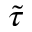
\tilde { \tau }